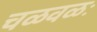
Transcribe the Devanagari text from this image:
चळवळः